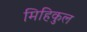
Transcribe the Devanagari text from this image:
मिहिकुल